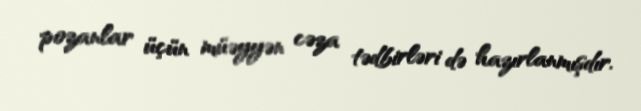
pozanlar üçün müəyyən cəza tədbirləri də hazırlanmışdır.